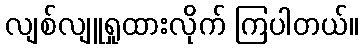
လျစ်လျူရှုထားလိုက် ကြပါတယ်။